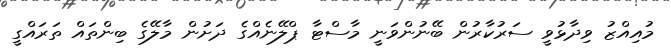
މުއިއްޒު ވިދާޅުވީ ސަރުކާރުން ބޭނުންވަނީ މާސްޓާ ޕްލޭނެއްގެ ދަށުން މާލޭގެ ބިންތައް ތަރައްގީ